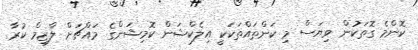
ކޮންމެ ގޮތަކުން ވިޔަސް މި ކަންތައްތަކަކީ އިލެކްޝަން ކޮމިޝަންގެ މައްޗަށް ލާޒިމް ކުރާ